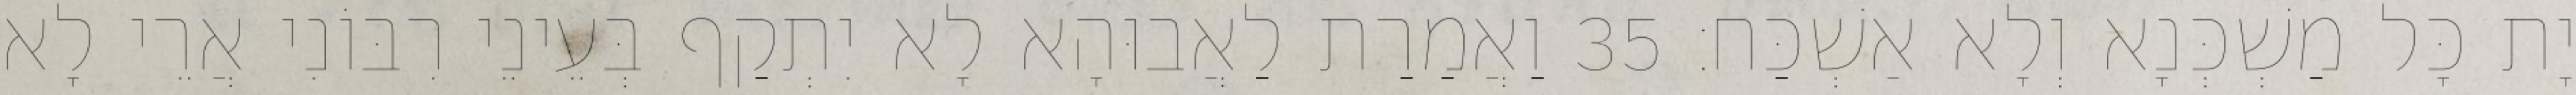
יָת כָּל מַשְׁכְּנָא וְלָא אַשְׁכַּח׃ 35 וַאֲמַרַת לַאֲבוּהָא לָא יִתְקַף בְּעֵינֵי רִבּוֹנִי אֲרֵי לָא